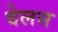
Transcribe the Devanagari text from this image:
वेलस